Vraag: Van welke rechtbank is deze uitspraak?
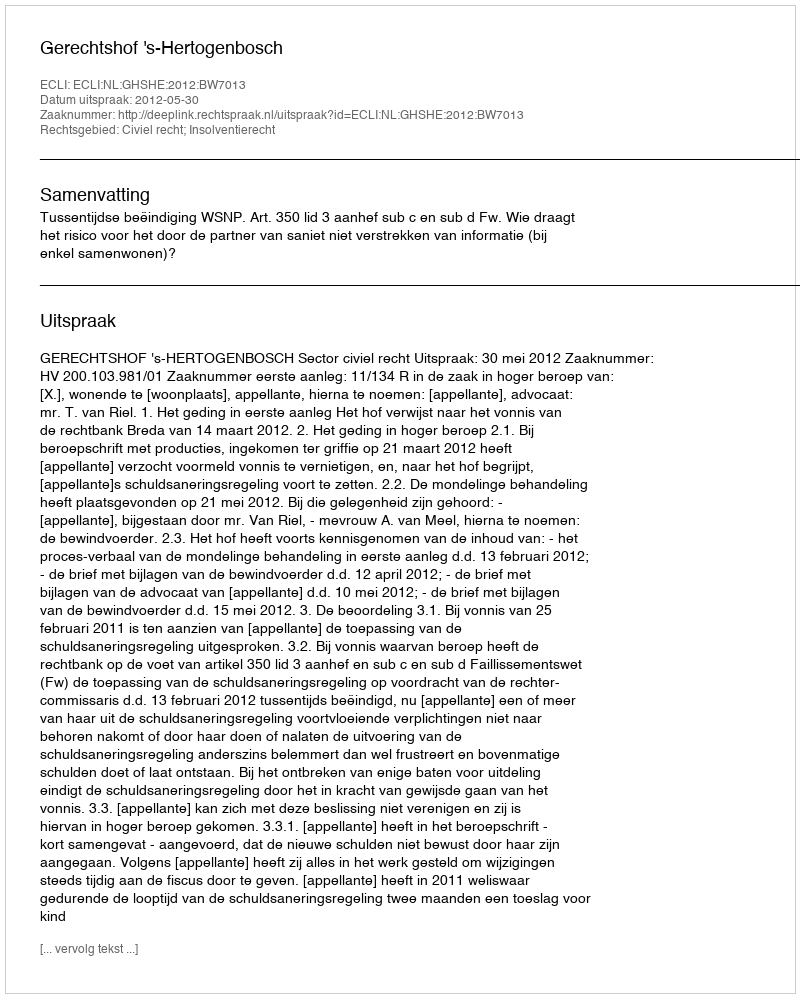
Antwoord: Gerechtshof 's-Hertogenbosch